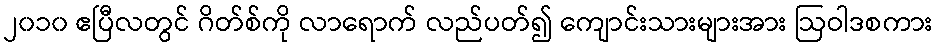
၂၀၁၀ ဧပြီလတွင် ဂိတ်စ်ကို လာရောက် လည်ပတ်၍ ကျောင်းသားများအား ဩဝါဒစကား